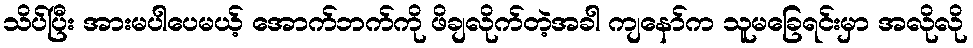
သိပ်ပြီး အားမပါပေမယ့် အောက်ဘက်ကို ဖိချလိုက်တဲ့အခါ ကျနော်က သူမခြေရင်းမှာ အလိုလို